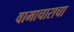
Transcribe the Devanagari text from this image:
वामाचाराचा